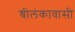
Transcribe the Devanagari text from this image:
श्रीलंकावासी